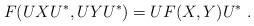
LaTeX: \begin{align*}F(UXU^*,UYU^*) = UF(X,Y)U^*\ .\end{align*}